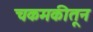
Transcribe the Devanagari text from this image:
चकमकीतून